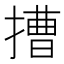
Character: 𢲵